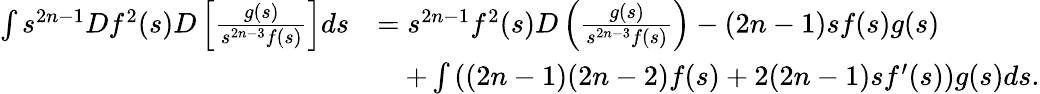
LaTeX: \begin{array}{rl}{\int s^{2n-1}Df^{2}(s)D\left[\frac{g(s)}{s^{2n-3}f(s)}\right]ds}&{=s^{2n-1}f^{2}(s)D\left(\frac{g(s)}{s^{2n-3}f(s)}\right)-(2n-1)sf(s)g(s)}\\ &{\quad+\int\left((2n-1)(2n-2)f(s)+2(2n-1)sf^{\prime}(s)\right)g(s)ds.}\end{array}